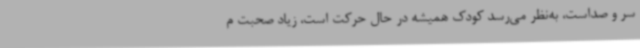
سر و صداست، به‌نظر می‌رسد کودک همیشه در حال حرکت است، زیاد صحبت م